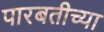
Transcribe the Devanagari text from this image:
पारबतीच्या